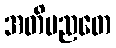
အတိမညတေ